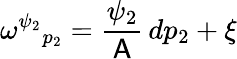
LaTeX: \omega^{\psi_{2}}{}_{p_{2}}=\frac{\psi_{2}}{\mathsf{A}}\, dp_{2}+\xi